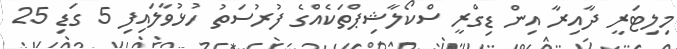
މިލިޓަރީ ދާއިރާ އިން ޑިގްރީ ސްކޯލާޝިޕްތަކެއްގެ ފުރުސަތު ހުޅުވާލައިފި 5 ގަޑި 25